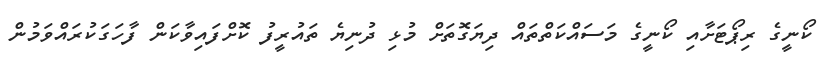
ކޯނީގެ ރިޕޯޓަށާއި ކޯނީގެ މަސައްކަތްތައް ދިޔަގޮތަށް މުޅި ދުނިޔެ ތައުރީފު ކޮށްފައިވާކަން ފާހަގަކުރައްވަމުން